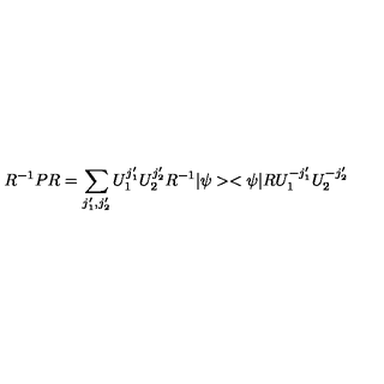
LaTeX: R ^ { - 1 } P R = \sum _ { j _ { 1 } ^ { \prime } , j _ { 2 } ^ { \prime } } U _ { 1 } ^ { j _ { 1 } ^ { \prime } } U _ { 2 } ^ { j _ { 2 } ^ { \prime } } R ^ { - 1 } | \psi > < \psi | R U _ { 1 } ^ { - j _ { 1 } ^ { \prime } } U _ { 2 } ^ { - j _ { 2 } ^ { \prime } }